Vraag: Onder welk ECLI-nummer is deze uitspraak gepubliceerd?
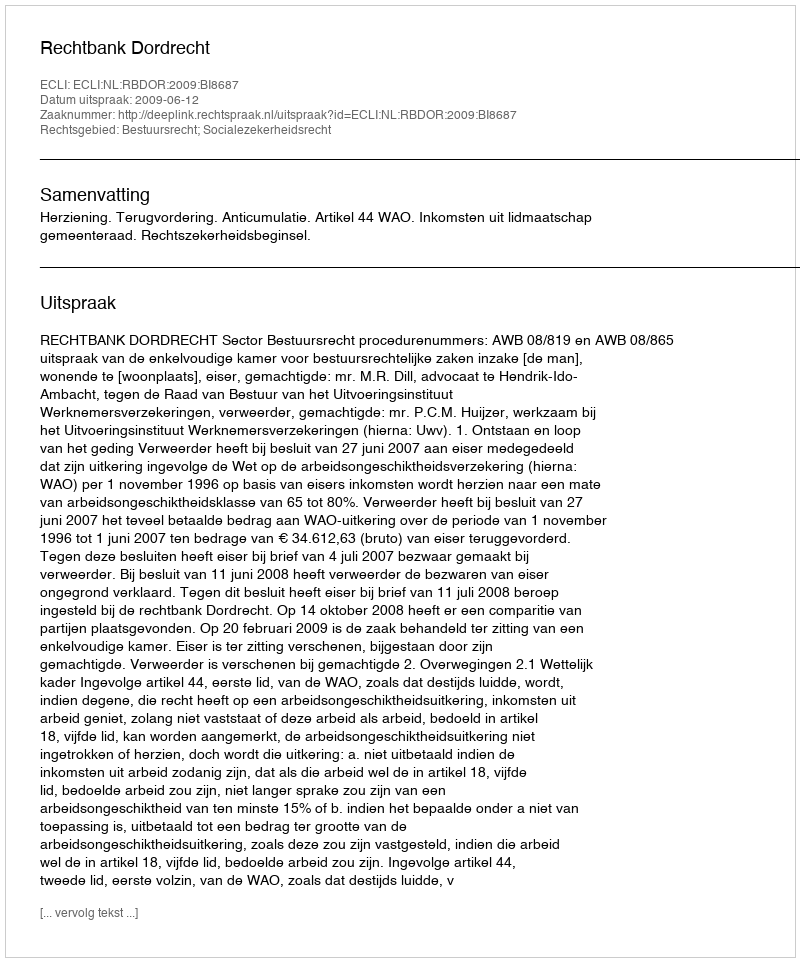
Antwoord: ECLI:NL:RBDOR:2009:BI8687